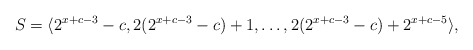
\begin{align*}S = \langle 2^{x+c-3}-c,2(2^{x+c-3}-c)+1,\ldots,2(2^{x+c-3}-c)+2^{x+c-5} \rangle,\end{align*}